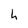
Character: h